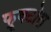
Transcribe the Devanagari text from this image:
फ्रूक्टोस